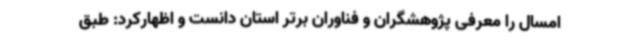
امسال را معرفی پژوهشگران و فناوران برتر استان دانست و اظهارکرد: طبق